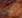
ليس